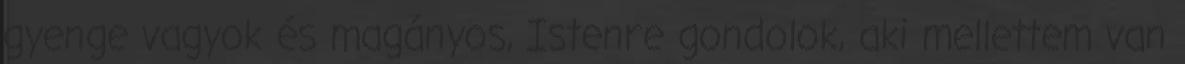
gyenge vagyok és magányos, Istenre gondolok, aki mellettem van